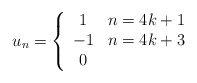
\begin{align*}u_{n}=\left\{\begin{array}{cc}1 & n=4 k+1 \\-1 & n=4 k+3 \\0 & \end{array}\right.\end{align*}